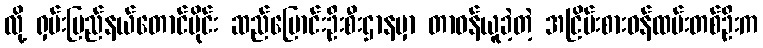
လို့ ရှမ်းပြည်နယ်တောင်ပိုင်း ဆည်မြောင်းဦးစီးဌာနမှာ တာဝန်ယူခဲ့တဲ့ အငြိမ်းစားဝန်ထမ်းတစ်ဦးက